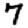
Digit: 7